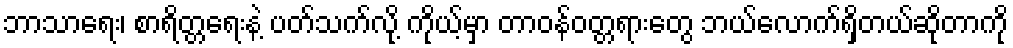
ဘာသာရေး၊ စာရိတ္တရေးနဲ့ ပတ်သက်လို့ ကိုယ့်မှာ တာဝန်ဝတ္တရားတွေ ဘယ်လောက်ရှိတယ်ဆိုတာကို